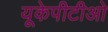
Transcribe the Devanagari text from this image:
यूकेपीटीओ